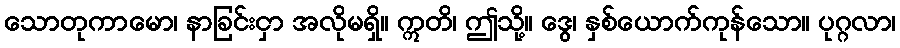
သောတုကာမော၊ နာခြင်းငှာ အလိုမရှိ။ ဣတိ၊ ဤသို့။ ဒွေ၊ နှစ်ယောက်ကုန်သော။ ပုဂ္ဂလာ၊